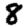
Digit: 8